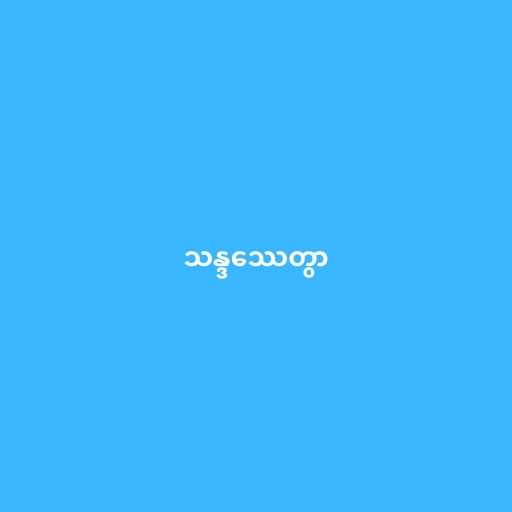
သန္ဒဿေတွာ